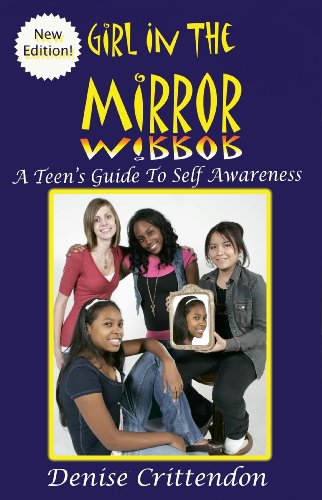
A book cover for Girl in The Mirror: A Teen's Guide to Self Awareness; Denise Crittendon; Teen & Young Adult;